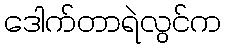
ဒေါက်တာရဲလွင်က